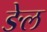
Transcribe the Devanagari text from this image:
ङेल